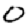
Digit: 0